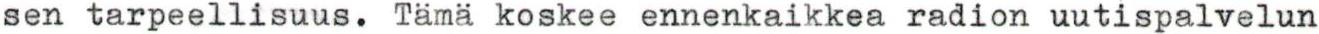
sen tarpeellisuus. Tämä koskee ennenkaikkea radion uutispalvelun